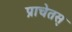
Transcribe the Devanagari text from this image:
प्राचेतस्